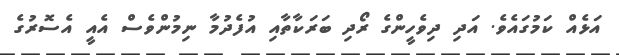
އަޅެއް ކަމުގައެވެ. އަދި ދިވެހީންގެ ރޯދި ބަރަކާތާއި އުފެދުމާ ނިމުންވެސް އެއީ އެސޮރުގެ